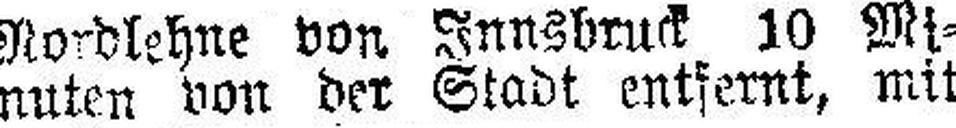
nuten von der Stadt entfernt, mit